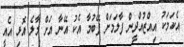
އެކަމަކު އިއްޒުއްދީން ފާލަމަށް ފޭބުމާ އެކު އޭނާ އަށް މާލެ އޮޅި އެއީ